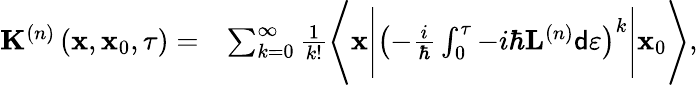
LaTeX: \begin{array}{rl}{\mathbf{K}^{\left(n\right)}\left(\mathbf{x},\mathbf{x}_{0},\tau\right)=}&{\sum_{k=0}^{\infty}\frac{1}{k!}\Bigg\langle\mathbf{x}\Bigg\vert\left(-\frac{i}{\hbar}\int_{0}^{\tau}-i\hbar\mathbf{L}^{\left(n\right)}\mathsf{d}\varepsilon\right)^{k}\Bigg\vert\mathbf{x}_{0}\Bigg\rangle,}\end{array}